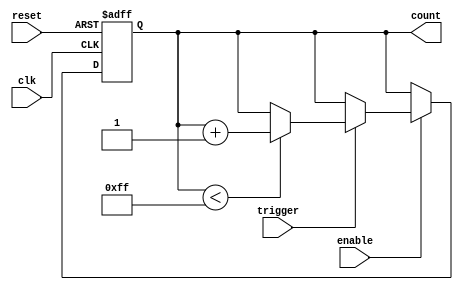
module event_triggered_counter (
    input wire clk,                // Clock signal
    input wire reset,              // Asynchronous reset signal
    input wire trigger,            // Event trigger signal
    input wire enable,             // Enable counting
    output reg [7:0] count         // 8-bit counter output
);

    // Parameter for maximum count value
    parameter MAX_COUNT = 8'd255;

    // Always block for counting mechanism
    always @(posedge clk or posedge reset) begin
        if (reset) begin
            // Reset the counter to zero
            count <= 8'b0;
        end else if (enable) begin
            // Increment the counter on trigger
            if (trigger) begin
                if (count < MAX_COUNT) begin
                    count <= count + 1; // Increment count
                end
                // If count reaches MAX_COUNT, it can either wrap around or hold
                // Uncomment the next line for wrap-around behavior
                // else begin count <= 8'b0; end
            end
        end
    end

endmodule